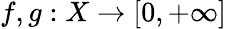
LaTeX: f,g:X\to[0,+\infty]